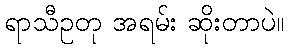
ရာသီဥတု အရမ်း ဆိုးတာပဲ။